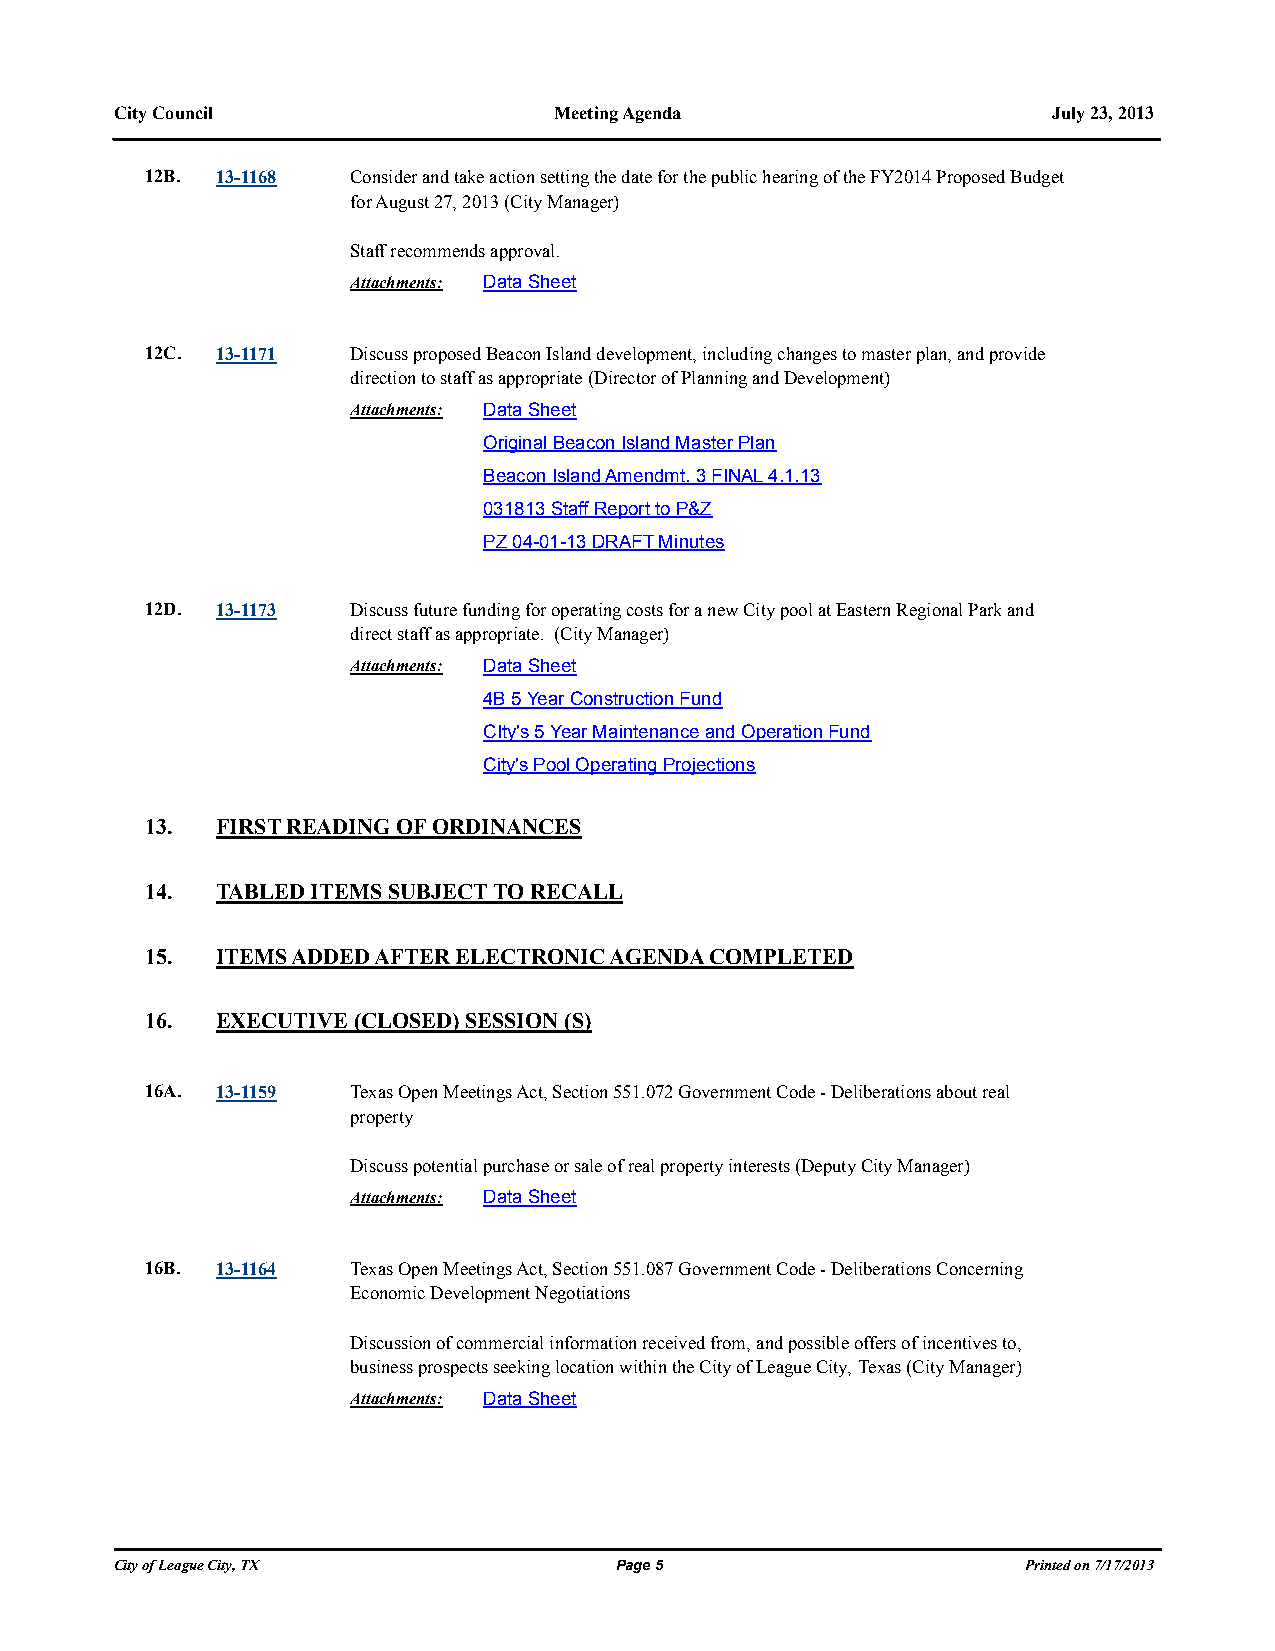
City Council                 Meeting Agenda                   July 23, 2013
 12B. 13-1168 Consider and take action setting the date for the public hearing of the FY2014 Proposed Budget
 for August 27, 2013 (City Manager)
 Staff recommends approval.
 Attachments: Data Sheet
 12C. 13-1171 Discuss proposed Beacon Island development, including changes to master plan, and provide
 direction to staff as appropriate (Director of Planning and Development)
 Attachments: Data Sheet
 Original Beacon Island Master Plan
 Beacon Island Amendmt. 3 FINAL 4.1.13
 031813 Staff Report to P&Z
 PZ 04-01-13 DRAFT Minutes
 12D. 13-1173 Discuss future funding for operating costs for a new City pool at Eastern Regional Park and
 direct staff as appropriate. (City Manager)
 Attachments: Data Sheet
 4B 5 Year Construction Fund
 CIty's 5 Year Maintenance and Operation Fund
 City's Pool Operating Projections
 13. FIRST READING OF ORDINANCES
 14. TABLED ITEMS SUBJECT TO RECALL
 15. ITEMS ADDED AFTER ELECTRONIC AGENDA COMPLETED
 16. EXECUTIVE (CLOSED) SESSION (S)
 16A. 13-1159 Texas Open Meetings Act, Section 551.072 Government Code - Deliberations about real
 property
 Discuss potential purchase or sale of real property interests (Deputy City Manager)
 Attachments: Data Sheet
 16B. 13-1164 Texas Open Meetings Act, Section 551.087 Government Code - Deliberations Concerning
 Economic Development Negotiations
 Discussion of commercial information received from, and possible offers of incentives to,
 business prospects seeking location within the City of League City, Texas (City Manager)
 Attachments: Data Sheet
 City of League City, TX          Page 5                     Printed on 7/17/2013